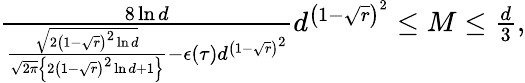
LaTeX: \begin{array}{r}{\frac{8\ln d}{\frac{\sqrt{2\left(1-\sqrt{r}\right)^{2}\ln d}}{\sqrt{2\pi}\left\{ 2\left(1-\sqrt{r}\right)^{2}\ln d+1\right\} }-\epsilon(\tau)d^{\left(1-\sqrt{r}\right)^{2}}}d^{\left(1-\sqrt{r}\right)^{2}}\leq M\leq\frac{d}{3},}\end{array}